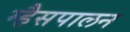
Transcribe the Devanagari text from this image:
म्हैसपालन